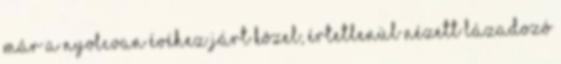
már a nyolcvan évéhez járt közel, értetlenül nézett lázadozó